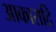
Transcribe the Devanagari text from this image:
आकारादि